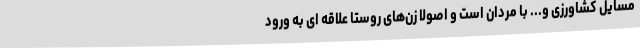
مسایل کشاورزی و... با مردان است و اصولا زن‌های روستا علاقه ای به ورود